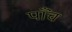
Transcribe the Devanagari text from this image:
पाँंच